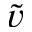
\tilde { v }